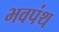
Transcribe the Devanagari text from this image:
भवपंथ